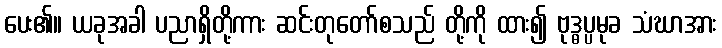
ပေး၏။ ယခုအခါ ပညာရှိတို့ကား ဆင်းတုတော်စသည် တို့ကို ထား၍ ဗုဒ္ဓပ္ပမုခ သံဃာအား